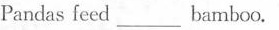
Pandas feed___bamboo.